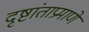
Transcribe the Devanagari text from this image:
दृष्टांताप्रमाणे